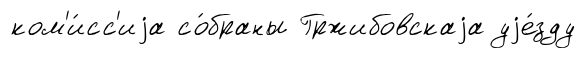
ком'и́сс'иjа со́браны Гржибовскаjа уjе́зду